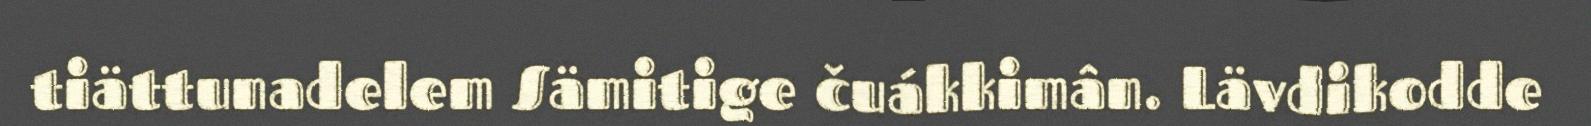
tiättunadelem Sämitige čuákkimân. Lävdikodde